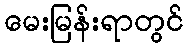
မေးမြန်းရာတွင်